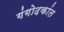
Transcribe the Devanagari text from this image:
गंगोदकांत